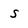
Character: s